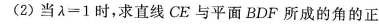
(2)当$$λ = 1$$时，求直线CE与平面BDF所成的角的正